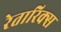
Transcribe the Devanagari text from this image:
रेतारिक्स